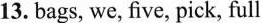
13. bags, we, five, pick, full